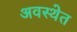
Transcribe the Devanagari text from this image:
अवस्‍थेत